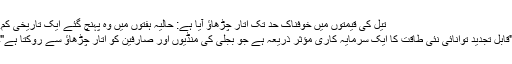
تیل کی قیمتوں میں خوفناک حد تک اتار چڑھاؤ آیا ہے: حالیہ ہفتوں میں وہ پہنچ گئے ایک تاریخی کم.
"قابل تجدید توانائی نئی طاقت کا ایک سرمایہ کاری مؤثر ذریعہ ہے جو بجلی کی منڈیوں اور صارفین کو اتار چڑھاؤ سے روکتا ہے"۔